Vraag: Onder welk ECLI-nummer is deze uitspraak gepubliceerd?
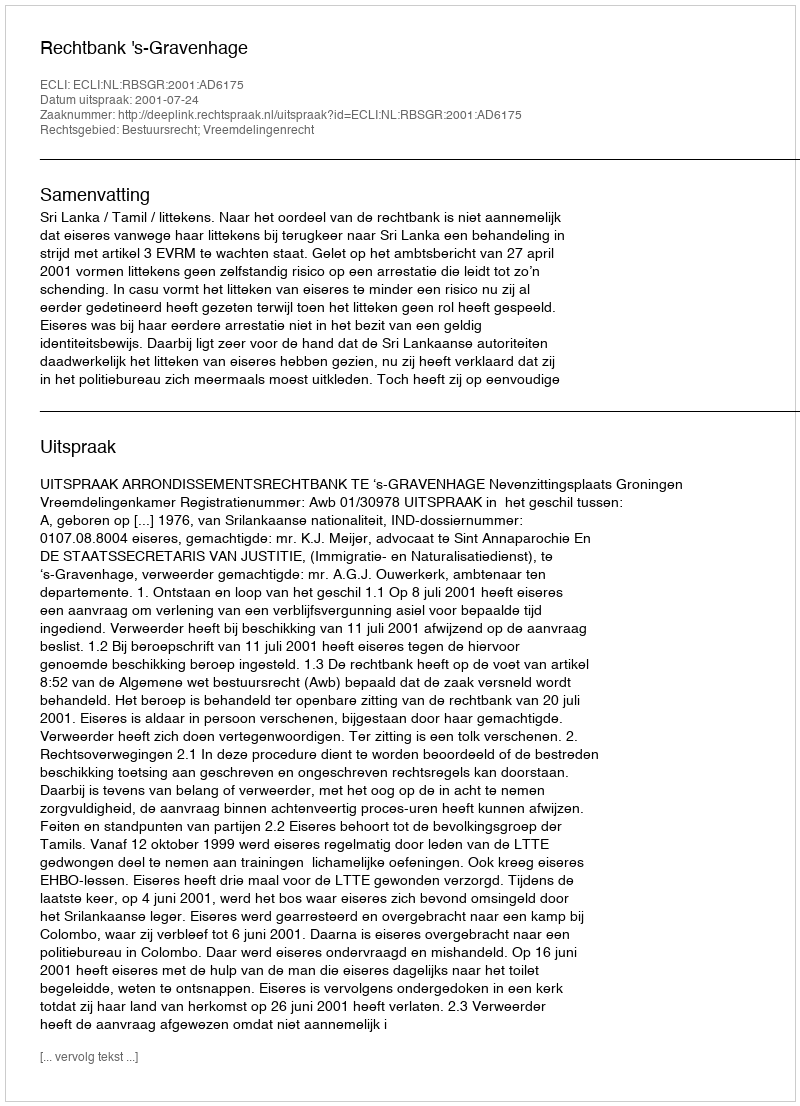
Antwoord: ECLI:NL:RBSGR:2001:AD6175